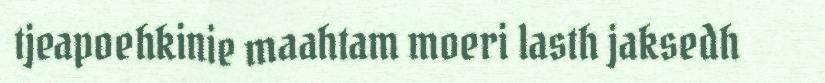
tjeapoehkinie maahtam moeri lasth jaksedh